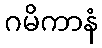
ဂမိကာနံ